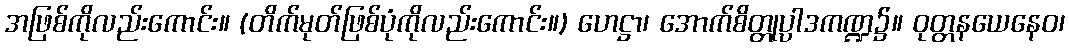
အဖြစ်ကိုလည်းကောင်း။ (တိက်မုတ်ဖြစ်ပုံကိုလည်းကောင်း။) ဟေဋ္ဌာ၊ အောက်စိတ္တုပ္ပါဒကဏ္ဍ၌။ ဝုတ္တနယေနေဝ၊